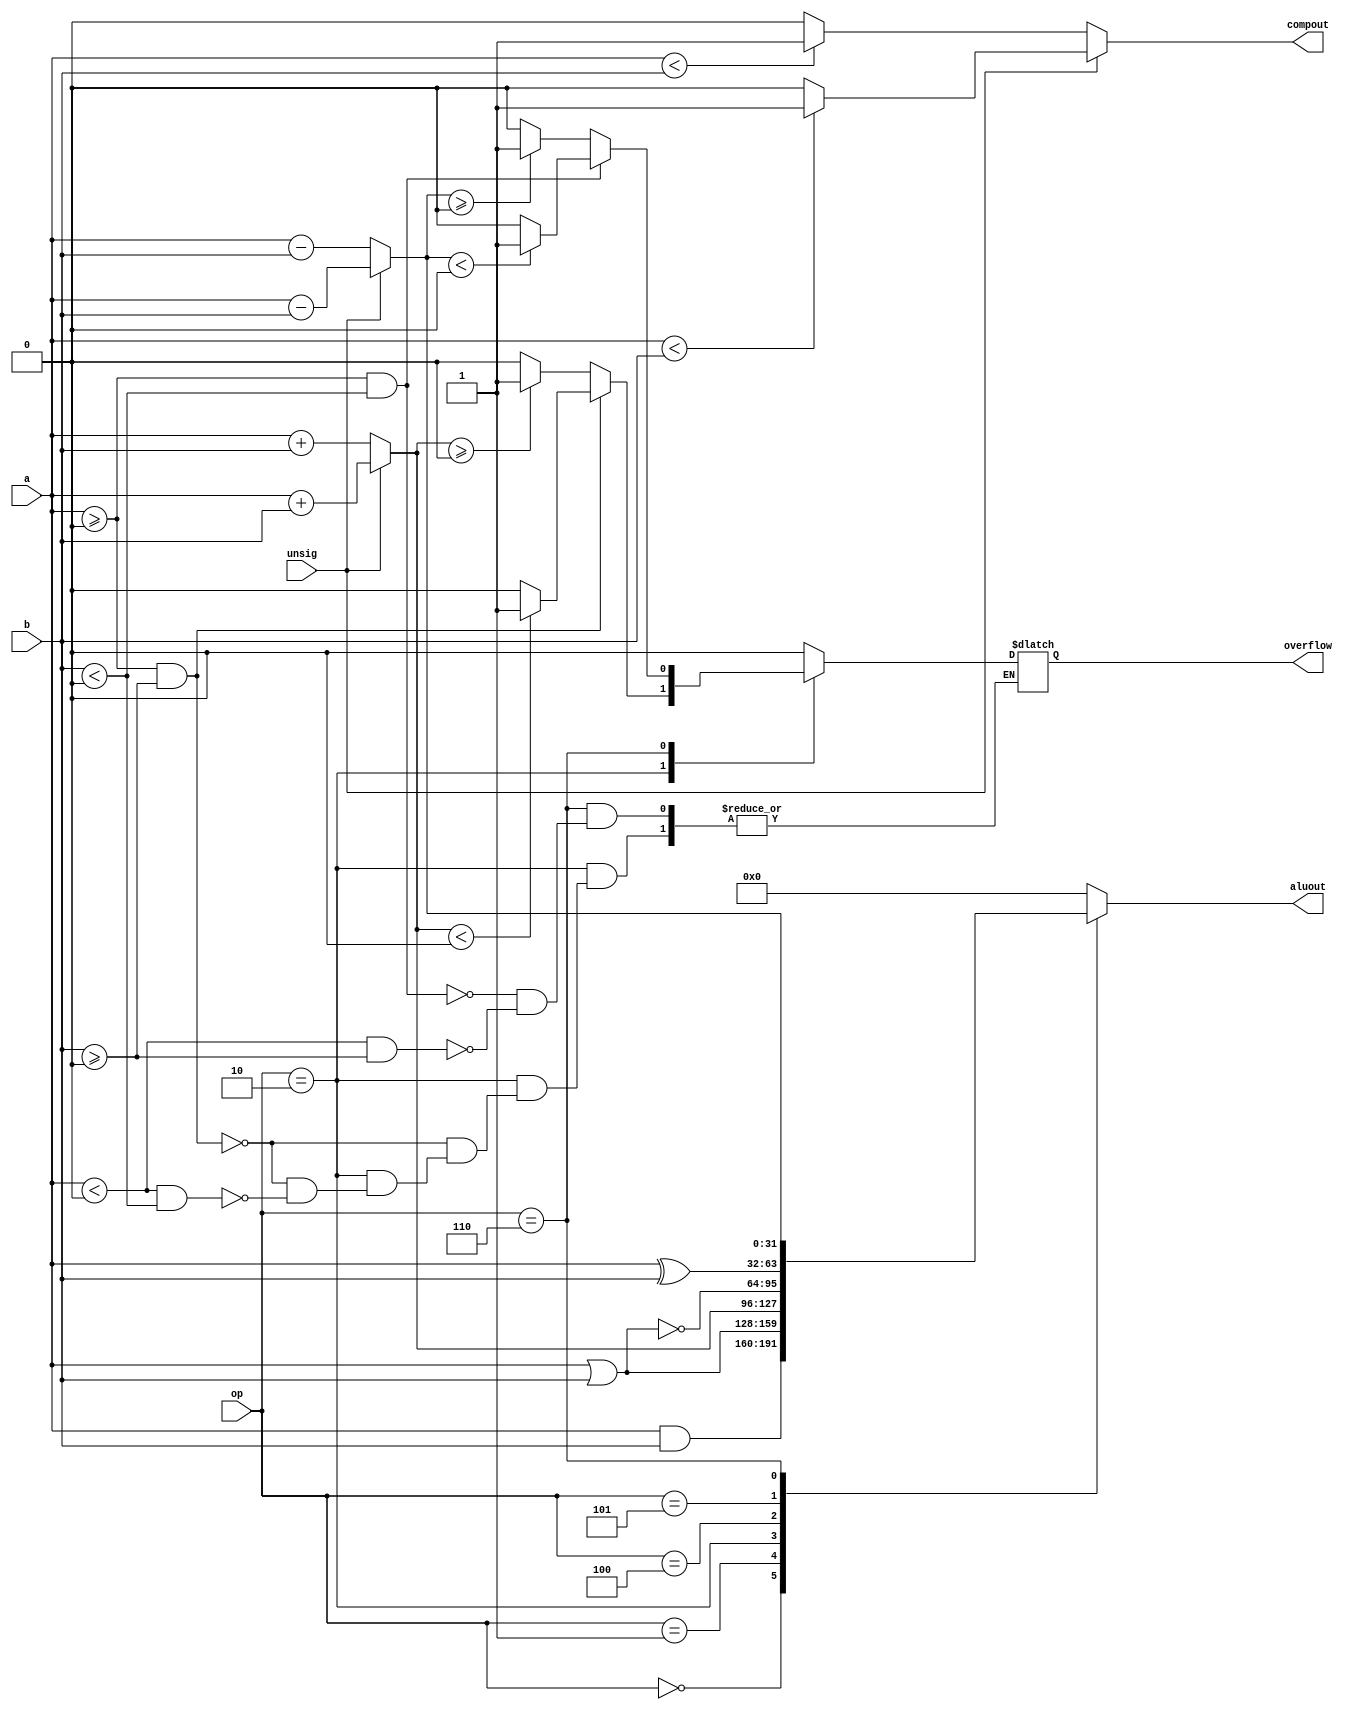
module Alu (
    input [31:0] a,
	input [31:0] b,
	output [31:0] aluout,
	input [2:0] op,
	input unsig,
	output compout,
	output overflow
);
	reg compout, overflow, aluout;
	always @(*) begin
		
		if(unsig == 1) begin
			compout<=(a<b?1:0);
		end else begin
			compout<=($signed(a)<$signed(b) ? 1:0); // http://excamera.com/sphinx/fpga-verilog-sign.html
		end

		case(op)
			3'b000:begin
				//AND
				aluout<=(a&b);
				overflow<=0;
			end
			
			3'b001:begin
				//OR
				aluout<=(a|b);
				overflow<=0;
			end
			
			3'b010:begin
				//ADD
				if(unsig == 1) begin
					aluout = (a+b);
				end else begin
					aluout = ($signed(a)+$signed(b));
				end

				if($signed(a) >= 0 && $signed(b) >= 0) begin
					overflow = ($signed(aluout) < 0 ? 1 : 0);
				end else begin
					if($signed(a) < 0 && $signed(b) < 0) begin
						overflow = ($signed(aluout)>=0 ? 1 : 0);
					end
				end
			end
			
			3'b100:begin
				//NOR
				aluout<=(a~|b);
				overflow<=0;
			end
			
			3'b101:begin
				//XOR
				aluout<=(a^b);
				overflow<=0;
			end
			
			3'b110:begin
				//SUB
				if(unsig == 1) begin
					aluout = (a-b);
				end else begin
					aluout = ($signed(a)-$signed(b));
				end

				if($signed(a)>=0 && $signed(b)<0) begin
					overflow <= (aluout<0 ? 1 : 0);
				end else begin
					if($signed(a)<0 && $signed(b)>=0)begin
						overflow <= (aluout>=0 ? 1 : 0);
					end
				end
			end
			
			default:begin
				aluout<=0;
				overflow<=0;
			end
		endcase
	end

endmodule